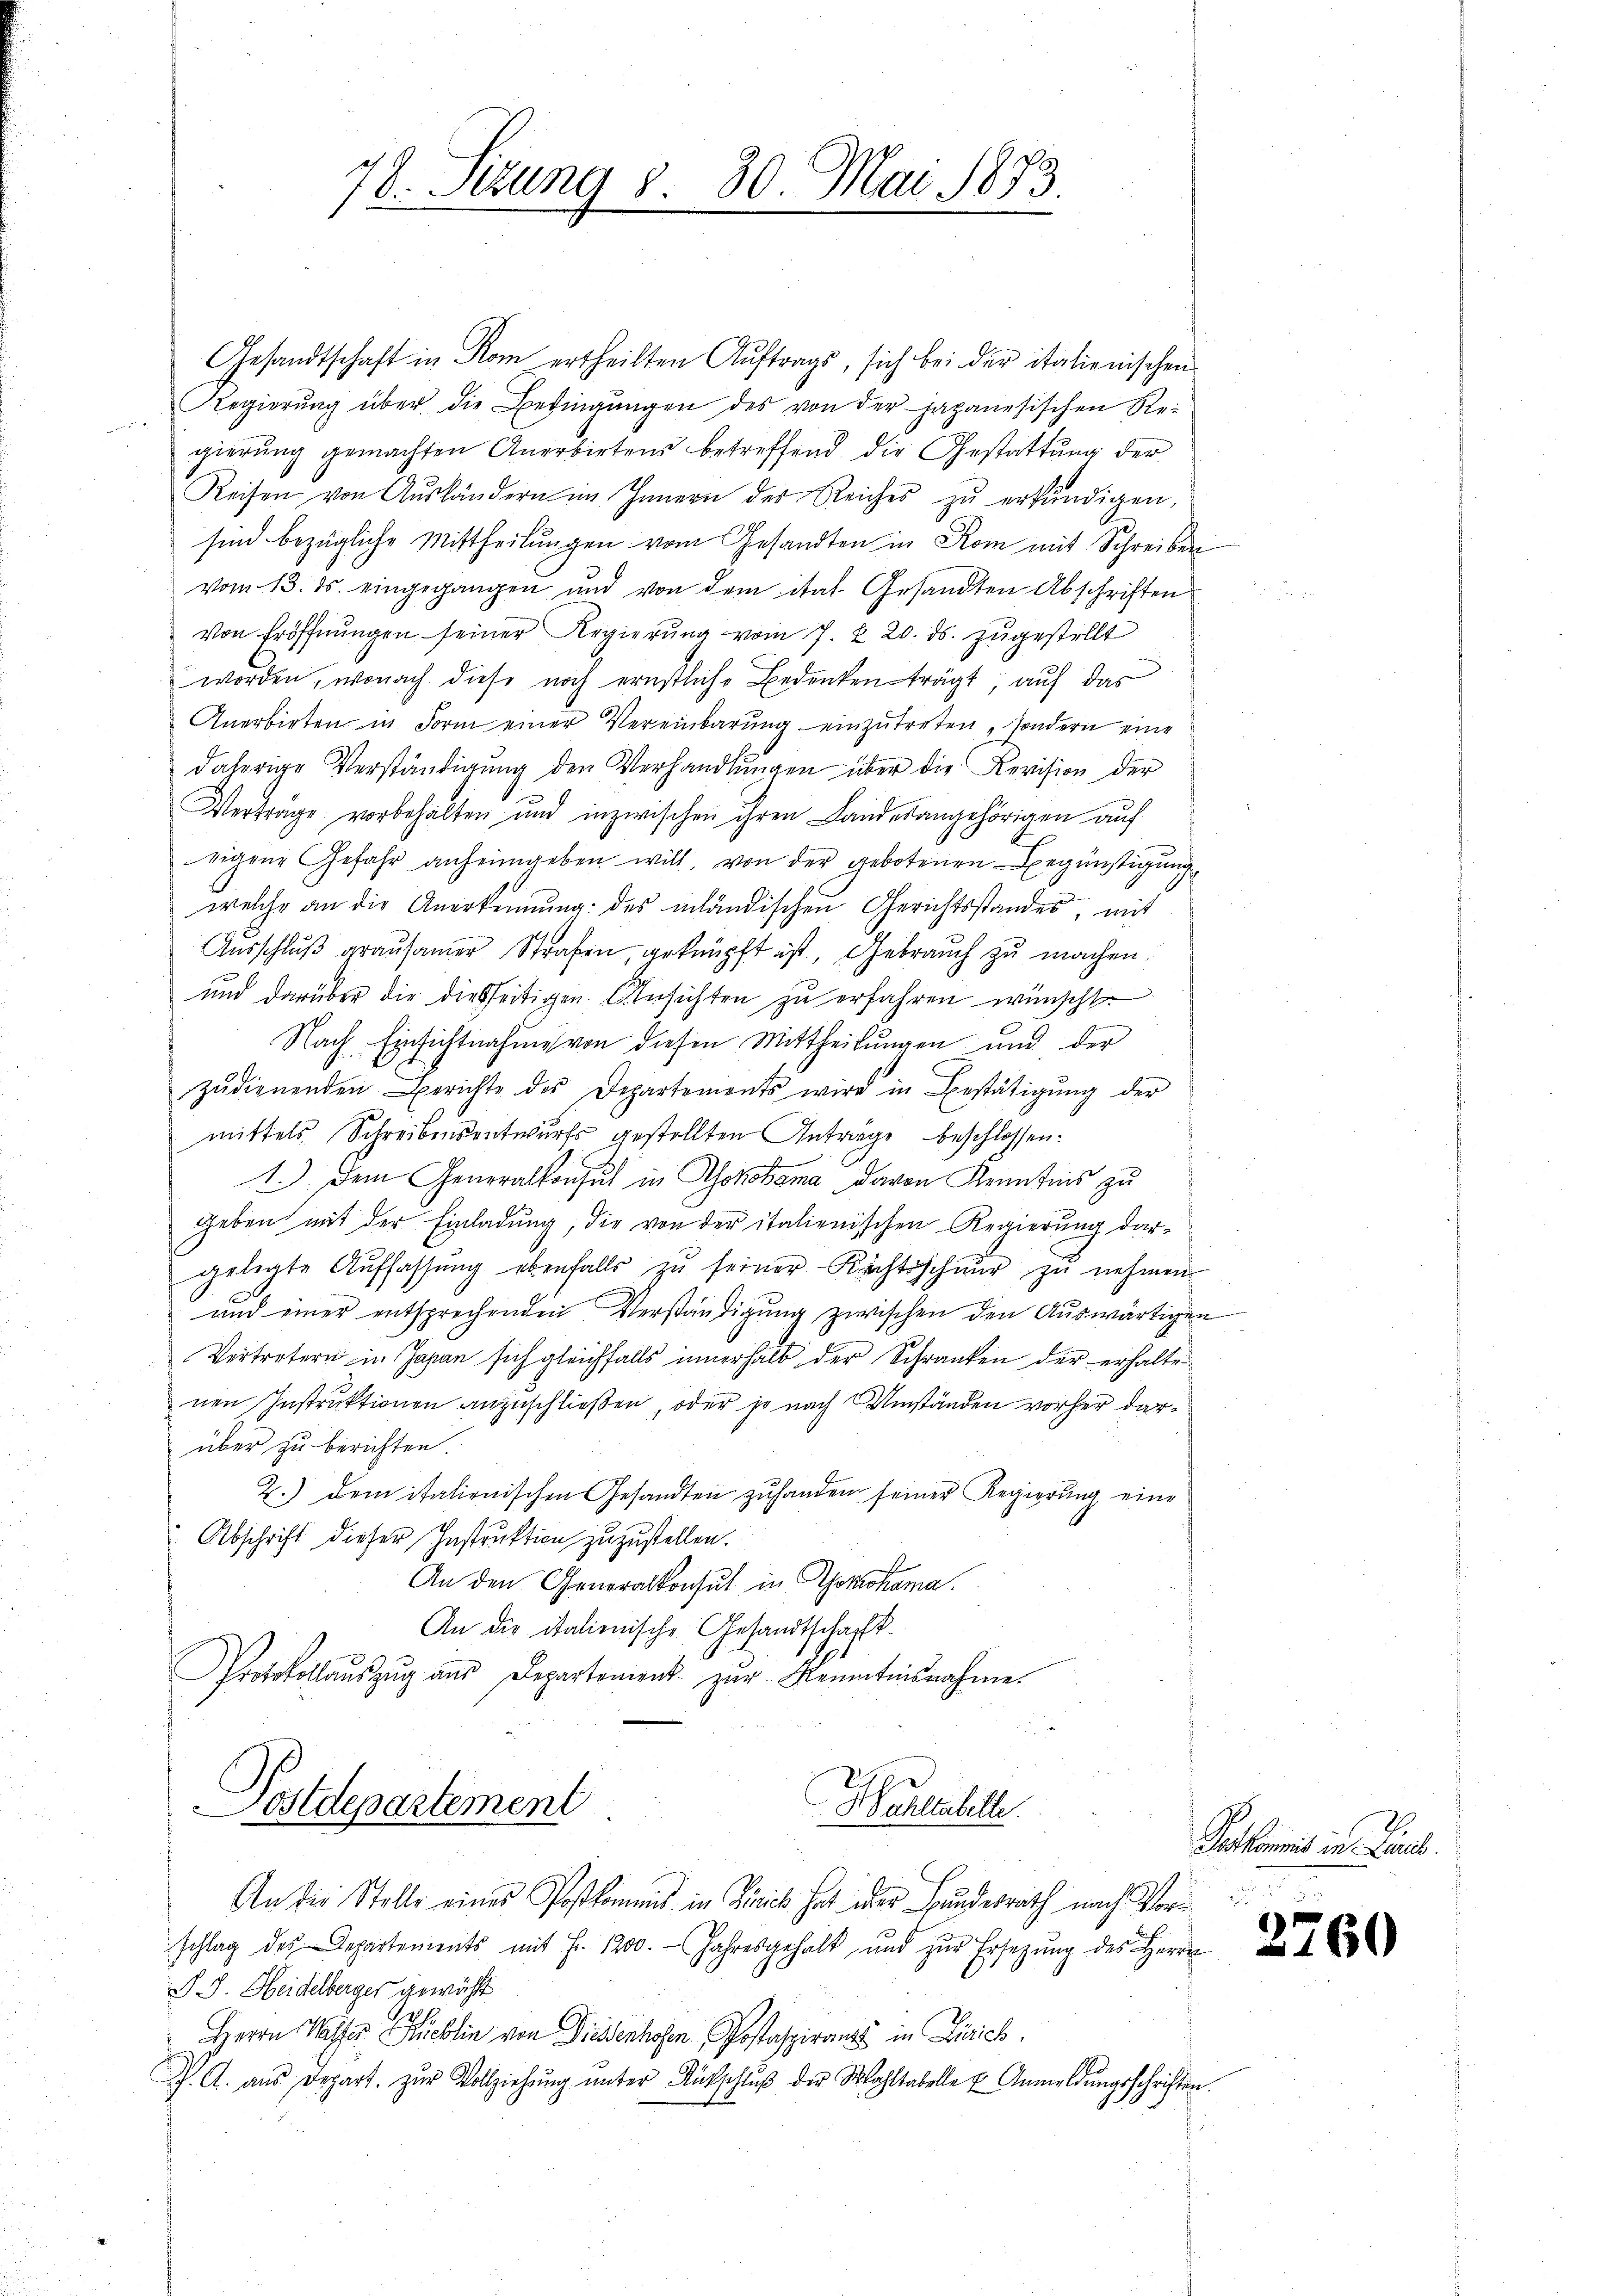
78. Setzung 8. 30. Mai 1873
e

Gesandtschaft in Rom ertheilten Auftrags, sich bei der italienischen
Regierŭng über die Bedingŭngen des von der japanesischen Re-

gierung gemachten Anerbirtens betreffend die Gestattung der
Reisen von Aŭsländern im Innern der Reiches zŭ erkŭndigen,
sind bezügliche Mittheilungen vom Gesandten in Rom mit Schreiben
vom 13. ds. eingegangen und von dem itat. Gesandten Abschriften
Von Eröffnŭngen seiner Regierŭng vom 7. u. 20. ds. zugestellt
worden, wonach diese noch ernstliche Bedenken trägt auf das
Anerbieten in Form einer Vereinbarung einzutreten „sondern eine
daherige Verständigung den Verhandlungen über die Revision der
Vertrage vorbehalten und inzwischen ihren Landesangehörigen aŭf
tigene Gefahr anheimgeben will, von der gebotenen Begünstigung
welche an die Anerkennung des miländischen Gerichtsstandes mit
Aŭsschlŭβ graŭsamer Strafen, geknüpft ist, Gebrauch zu machen.
und darüber die dießseitigen Ansichten zu erfahren wünscht
Nach Einsichtnahme von diesen Mittheilungen und der
zŭdienenden Berichte des Departements wird in Bestätigŭng der
mittels Schreibensentwurfs gestellten Antrage beschlossen:
1.) Dem Generalkonsul in Yokohama davon Kenntnis zu
geben mit der Einladung, die von der italienischen Regierung dar-
gelegte Auffassŭng ebenfalls zŭ seiner Rechtsschnur zu nehmen
und einer entsprechenden Verständigung zwischen den Auswärtigen
Vertretern in Japan sich gleichfalls innerhalb der Schranken der erhalten
nen Instruktionen anzuschließen, oder je nach Umständen vorher darüber zu berichten.
2.) dem italienischen Gesandten zŭ handen seiner Regierŭng eine
Abschrift dieser Instruktion zuzustellen.
An den Generalkonsul in Yokohama.
An die italienische Gesandtschaft
Protokollaŭszŭg aŭs Departement zŭr Kenntnisnahme.

Postdepartement
Wahlabelle

An die Stelle eines Postkommnis in Zinick hat oder Bundesrath nach Vorschlag des Departements mit Fr. 1200. Jahresgehalt und zŭr Ersetzŭng des Herrn
S.. Heidelberger gewächt
Herrn Wasser Rücklin von Dieserhofen Postaspiranz in Zürich.
V. A. aŭs Depart zŭr Vollziehŭng ŭnter Rückschlŭβ der Wohltabelle u Anmeldŭngsschriften.

Petkommis in Laus.
e

2760